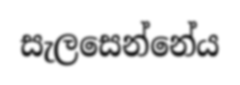
සැලසෙන්නේය